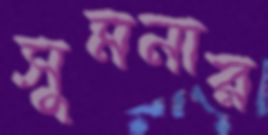
সুমনার